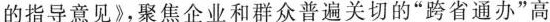
的指导意见》，聚焦企业和群众普遍关切的”跨省通办”高